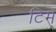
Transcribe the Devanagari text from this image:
टिम्‌